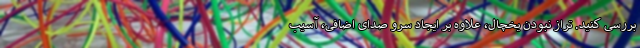
بررسی کنید. تراز نبودن یخچال، علاوه بر ایجاد سرو صدای اضافی، آسیب